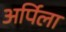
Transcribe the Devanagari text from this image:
अर्पिला